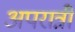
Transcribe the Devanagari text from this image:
अपरात्री